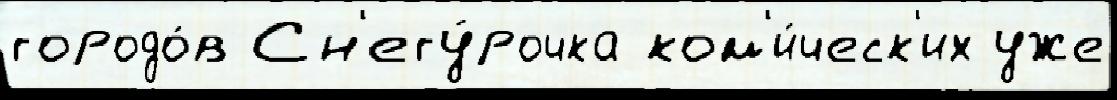
городо́в Сн'егу́рочка ком'и́ческ'их уже